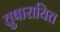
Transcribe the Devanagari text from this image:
तुषारायित